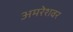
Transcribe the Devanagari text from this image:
अमरेशवर